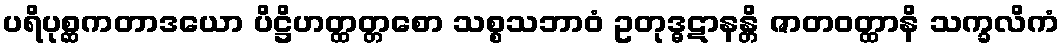
ပရိပုစ္ဆကတာဒယော ပိဋ္ဌိဟတ္ထတ္တစော သစ္စသဘာဝံ ဥတုဒ္ဓဋာနန္တိ ဇာတဝတ္ထာနိ သက္ခလိကံ